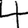
Digit: 4